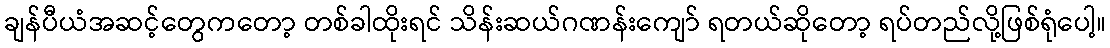
ချန်ပီယံအဆင့်တွေကတော့ တစ်ခါထိုးရင် သိန်းဆယ်ဂဏန်းကျော် ရတယ်ဆိုတော့ ရပ်တည်လို့ဖြစ်ရုံပေါ့။